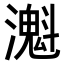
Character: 𤁔